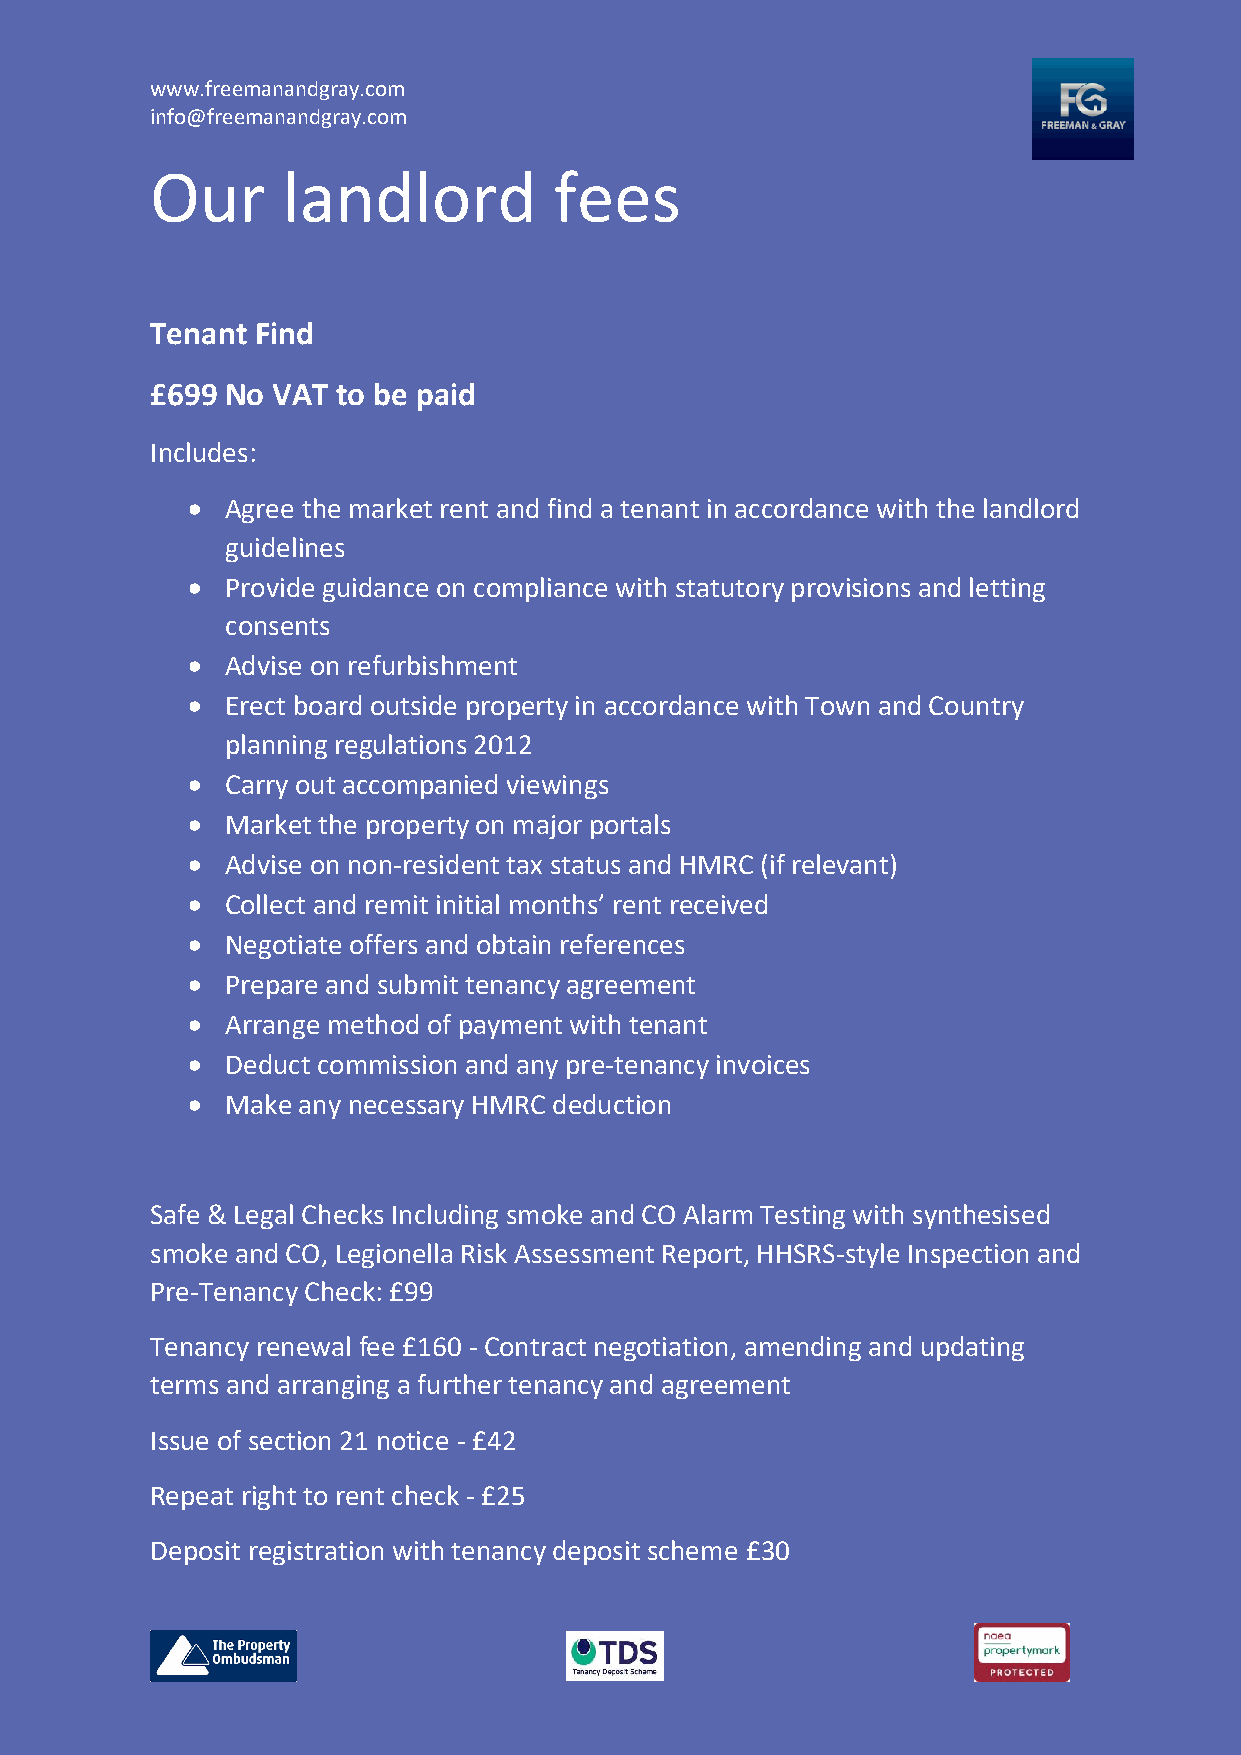
www.freemanandgray.com
 info@freemanandgray.com
 Our      landlord          fees
 Tenant Find
 £699 No VAT to be paid
 Includes:
 •  Agree the market rent and find a tenant in accordance with the landlord
 guidelines
 •  Provide guidance on compliance with statutory provisions and letting
 consents
 •  Advise on refurbishment
 •  Erect board outside property in accordance with Town and Country
 planning regulations 2012
 •  Carry out accompanied viewings
 •  Market the property on major portals
 •  Advise on non-resident tax status and HMRC (if relevant)
 •  Collect and remit initial months’ rent received
 •  Negotiate offers and obtain references
 •  Prepare and submit tenancy agreement
 •  Arrange method of payment with tenant
 •  Deduct commission and any pre-tenancy invoices
 •  Make any necessary HMRC deduction
 Safe & Legal Checks Including smoke and CO Alarm Testing with synthesised
 smoke and CO, Legionella Risk Assessment Report, HHSRS-style Inspection and
 Pre-Tenancy Check: £99
 Tenancy renewal fee £160 - Contract negotiation, amending and updating
 terms and arranging a further tenancy and agreement
 Issue of section 21 notice - £42
 Repeat right to rent check - £25
 Deposit registration with tenancy deposit scheme £30